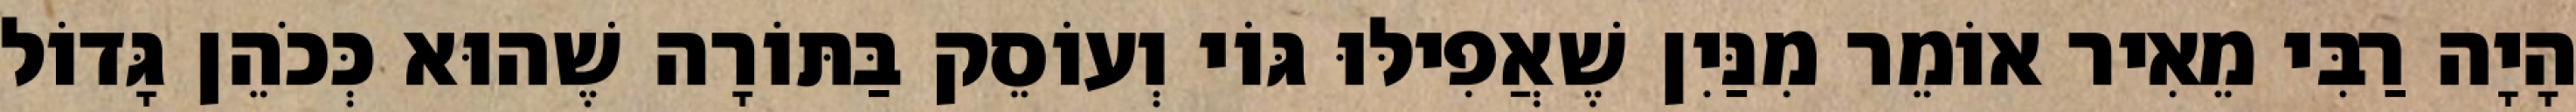
הָיָה רַבִּי מֵאִיר אוֹמֵר מִנַּיִן שֶׁאֲפִילּוּ גּוֹי וְעוֹסֵק בַּתּוֹרָה שֶׁהוּא כְּכֹהֵן גָּדוֹל